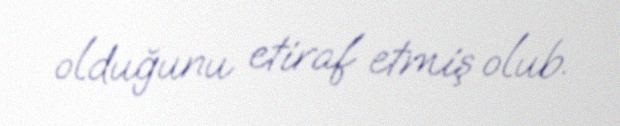
olduğunu etiraf etmiş olub.